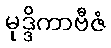
မုဒ္ဒိကာဗီဇံ